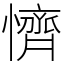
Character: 懠